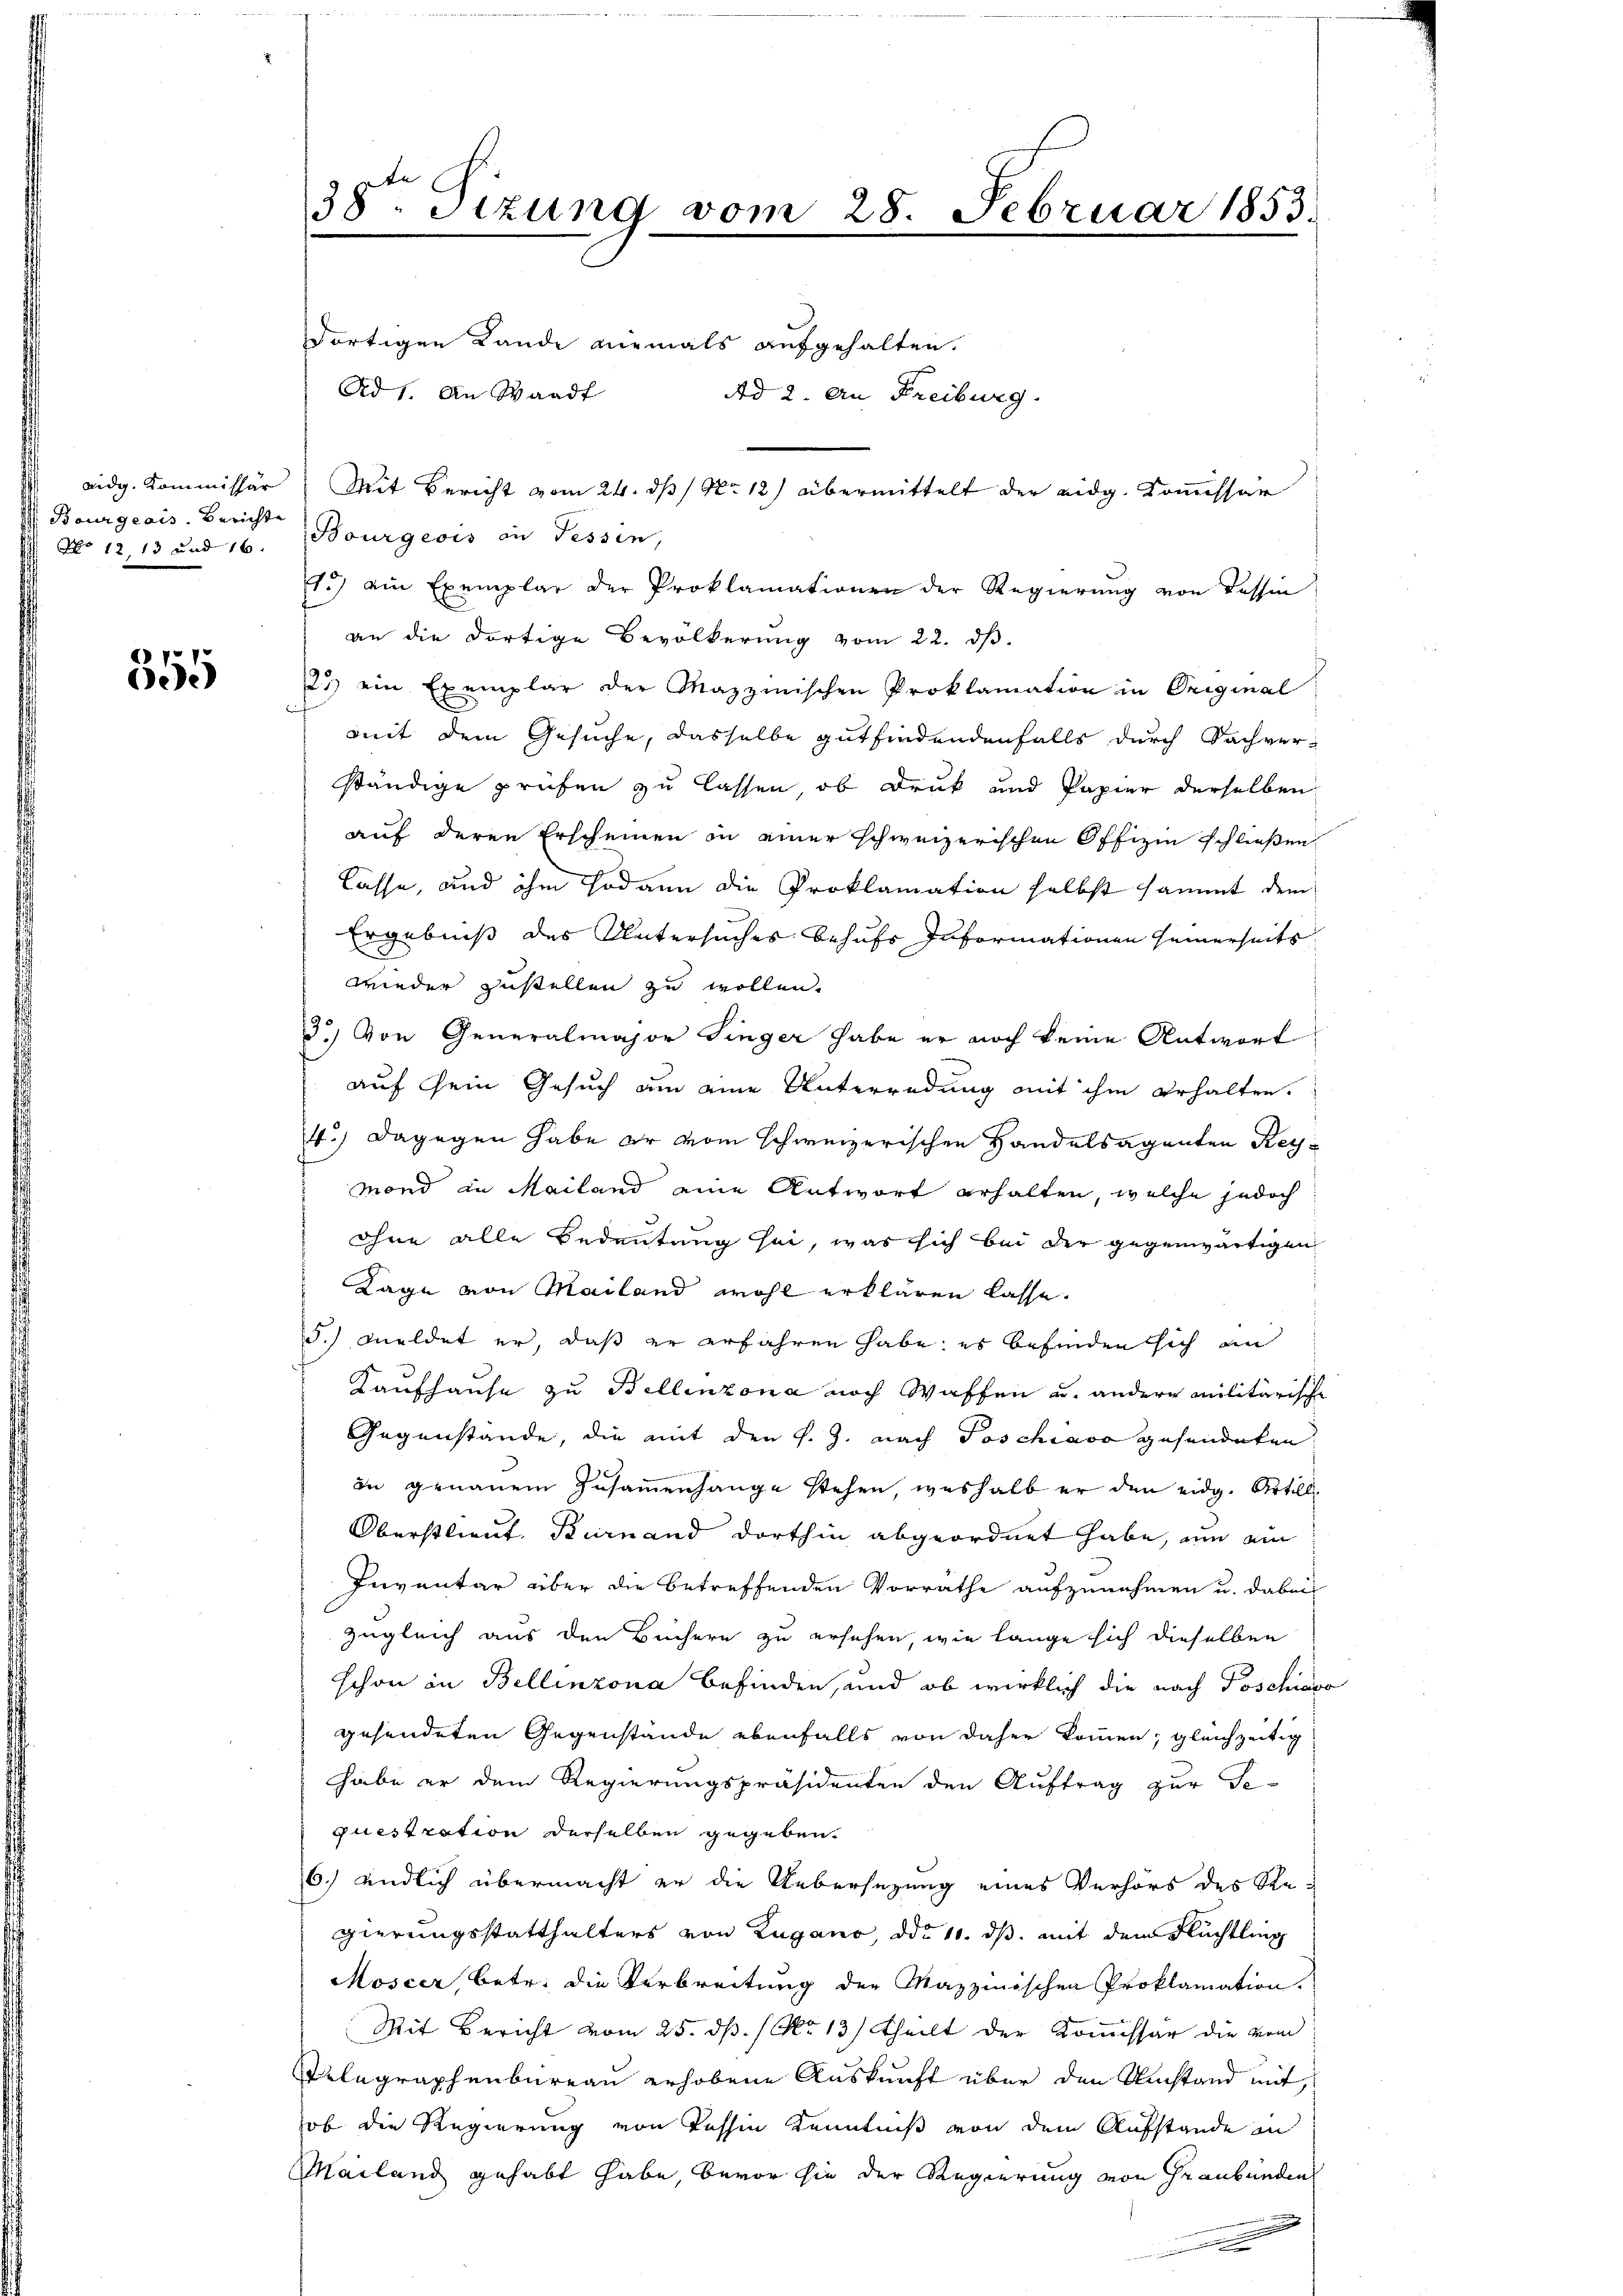
eidg. Kommissär
 Bourgeois. Berichte
No 12. 13 und 16.

355

38ten Sizung vom 28. Februar 1853.

dortigen Lande niemals aufgehalten.
Ad 1. An Waadt
Bourgeois in Tessin,
1.) ein Exemplar der Proklamationen der Regierŭng von Tessin
an die dortige Bevölkerung vom 22. dβ.
2.) ein Exemplar der Mazzmischen Proklamation in Original
mit dem Gesuche, dasselbe gutfindendenfalls durch Sachverständige prüfen zu lassen, ob Druck und Papier derselben
auf deren Erscheinen in einer schweizerischen Offizin schließen
Casse, und ihm sodann die Proklamation selbst sammt dem
Ergebniß des Untersuches behufs Informationen seinerseits
wieder zustellen zu wollen.
3.) Von Generalmajor Finger habe er noch keine Antwort
auf sein Gesuch um eine Unterredung mit ihm erhalten.
4.) Dagegen habe er vom schweizerischen Handelsagenten Reymond in Mailand eine Antwort erhalten, welche jedoch
ohne alle Bedeutung sei, was sich bei der gegenwärtigen
Lage von Mailand wohl erklären lasse.
5.) Meldet er, daß er erfahren habe; es befinden sich an
Kaufhause zu Bellinzona noch Waffen u. andern militärische
Gegenstände, die mit den s. Z. nach Poschiavo gesendeten
in genauem Zusammenhange stehen, weshalb er den eidg. Artill¬
Oberstlieut. Burnand dorthin abgeordnet habe, nun ein
Inventar über die betreffenden Vorrathe aufzunehmen u. dabei
zugleich aus den Büchern zu ersehen, wie lange sich dieselben
schon in Bellinzona befinden, und ob wirklich die nach Poschien
gesendeten Gegenstände ebenfalls von daher kommen; gleichzeitig
habe er dem Regierungspräsidenten den Auftrag zur Te-
questration derselben gegeben.
6.) endlich übermacht er die Uebersezung eines Verhörs des Ste
gierungsstatthalters von Zugano, ddo 11. ds. mit dem Flüchtling
Moscer, betr. die Verbreitung der Mazzinischen Proklamation.
Mit Bericht vom 25. dß. / No 13) theilt der Kommissär die vom
Telegraphenbureau erhobene Auskunft über den Umstand mit
ob die Regierung von Tessin Kenntniß von dem Aufstande in
MMailand gehabt habe, bevor sie der Regierung von Graubünden
u

Ad 2. An Freiburg.

Mit Bericht vom 24. ds Nr. 12) übermittelt der eidg. Kommissar